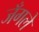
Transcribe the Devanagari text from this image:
जँगले